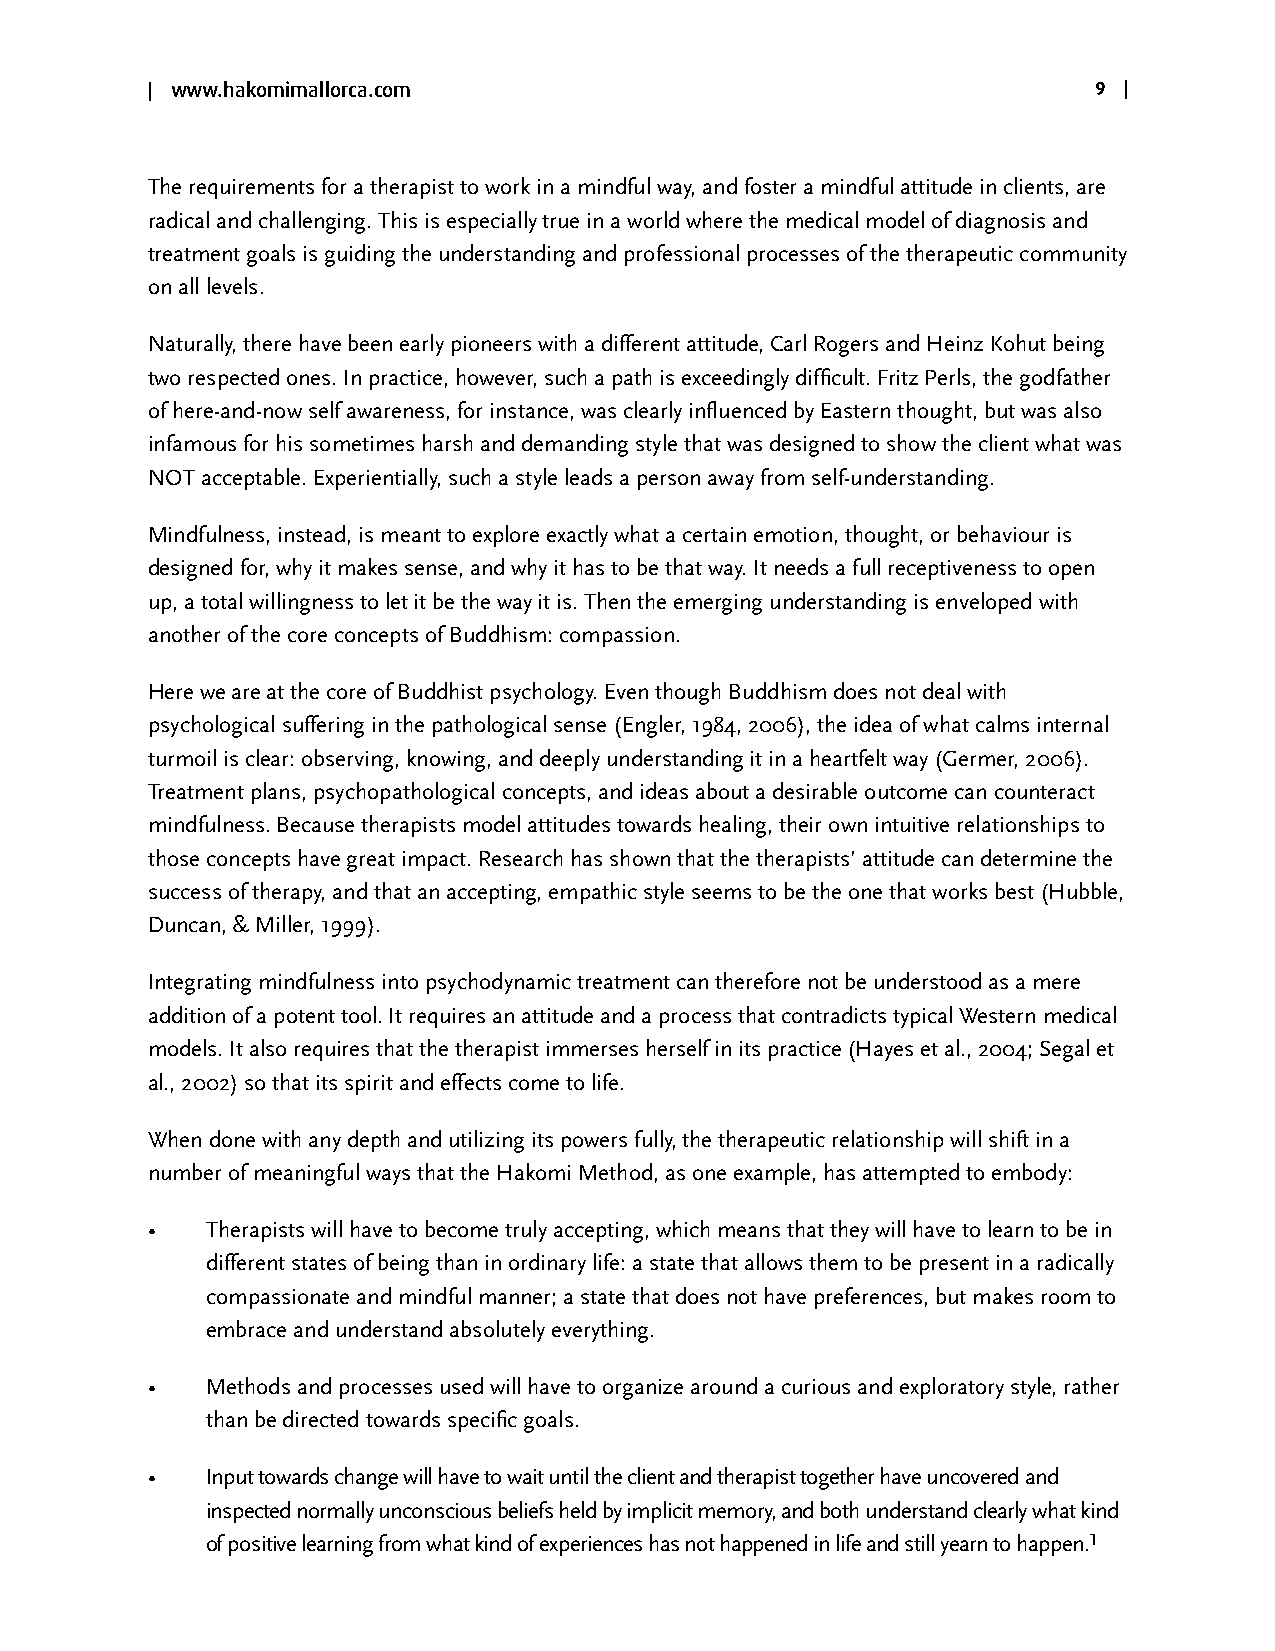
| www.hakomimallorca.com                                      9 |
 The requirements for a therapist to work in a mindful way, and foster a mindful attitude in clients, are
 radical and challenging. This is especially true in a world where the medical model of diagnosis and
 treatment goals is guiding the understanding and professional processes of the therapeutic community
 on all levels.
 Naturally, there have been early pioneers with a different attitude, Carl Rogers and Heinz Kohut being
 two respected ones. In practice, however, such a path is exceedingly difficult. Fritz Perls, the godfather
 of here-and-now self awareness, for instance, was clearly influenced by Eastern thought, but was also
 infamous for his sometimes harsh and demanding style that was designed to show the client what was
 NOT acceptable. Experientially, such a style leads a person away from self-understanding.
 Mindfulness, instead, is meant to explore exactly what a certain emotion, thought, or behaviour is
 designed for, why it makes sense, and why it has to be that way. It needs a full receptiveness to open
 up, a total willingness to let it be the way it is. Then the emerging understanding is enveloped with
 another of the core concepts of Buddhism: compassion.
 Here we are at the core of Buddhist psychology. Even though Buddhism does not deal with
 psychological suffering in the pathological sense (Engler, 1984, 2006), the idea of what calms internal
 turmoil is clear: observing, knowing, and deeply understanding it in a heartfelt way (Germer, 2006).
 Treatment plans, psychopathological concepts, and ideas about a desirable outcome can counteract
 mindfulness. Because therapists model attitudes towards healing, their own intuitive relationships to
 those concepts have great impact. Research has shown that the therapists’ attitude can determine the
 success of therapy, and that an accepting, empathic style seems to be the one that works best (Hubble,
 Duncan, & Miller, 1999).
 Integrating mindfulness into psychodynamic treatment can therefore not be understood as a mere
 addition of a potent tool. It requires an attitude and a process that contradicts typical Western medical
 models. It also requires that the therapist immerses herself in its practice (Hayes et al., 2004; Segal et
 al., 2002) so that its spirit and effects come to life.
 When done with any depth and utilizing its powers fully, the therapeutic relationship will shift in a
 number of meaningful ways that the Hakomi Method, as one example, has attempted to embody:
 •   Therapists will have to become truly accepting, which means that they will have to learn to be in
 different states of being than in ordinary life: a state that allows them to be present in a radically
 compassionate and mindful manner; a state that does not have preferences, but makes room to
 embrace and understand absolutely everything.
 •   Methods and processes used will have to organize around a curious and exploratory style, rather
 than be directed towards specific goals.
 •   Input towards change will have to wait until the client and therapist together have uncovered and
 inspected normally unconscious beliefs held by implicit memory, and both understand clearly what kind
 1
 of positive learning from what kind of experiences has not happened in life and still yearn to happen.